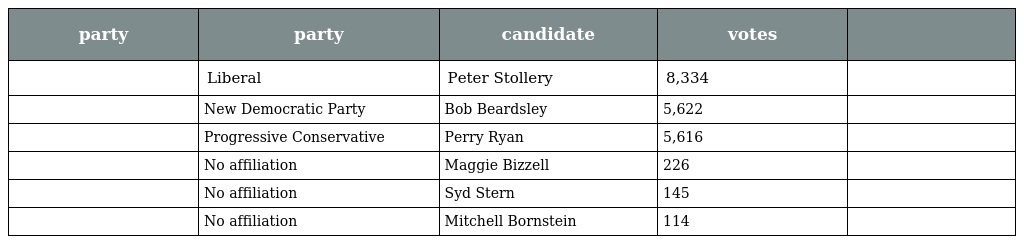
| party | party | candidate | votes |  |
 | --- | --- | --- | --- | --- |
 |  | Liberal | Peter Stollery | 8,334 |  |
 |  | New Democratic Party | Bob Beardsley | 5,622 |  |
 |  | Progressive Conservative | Perry Ryan | 5,616 |  |
 |  | No affiliation | Maggie Bizzell | 226 |  |
 |  | No affiliation | Syd Stern | 145 |  |
 |  | No affiliation | Mitchell Bornstein | 114 |  |